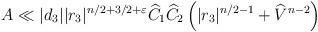
LaTeX: \begin{align*}A &\ll |d_3||r_3|^{n/2+3/2+\varepsilon}\widehat{C}_1\widehat{C}_2\left(|r_3|^{n/2-1}+\widehat{V}^{n-2}\right)\end{align*}